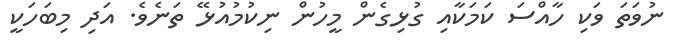
ނުވަތަ ވަކި ހާއްސަ ކަމަކާއި ގުޅިގެން މީހުން ނިކުމުއުޅޭ ތަނެވެ. އަދި މިބަހަކީ